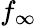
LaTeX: f_{\infty}